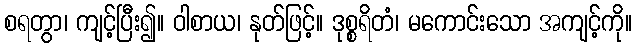
စရတွာ၊ ကျင့်ပြီး၍။ ဝါစာယ၊ နုတ်ဖြင့်။ ဒုစ္စရိတံ၊ မကောင်းသော အကျင့်ကို။